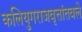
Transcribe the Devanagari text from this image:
कलियुगराजवृत्तांतवले